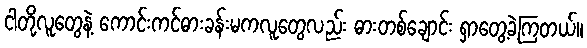
ငါတို့လူတွေနဲ့ ကောင်းကင်ဓားခန်းမကလူတွေလည်း ဓားတစ်ချောင်း ရှာတွေ့ခဲ့ကြတယ်။